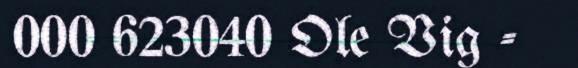
000 623040 Ole Vig -